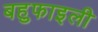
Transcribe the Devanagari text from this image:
बहुफाइली